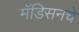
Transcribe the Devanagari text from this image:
मॅडिसनचे